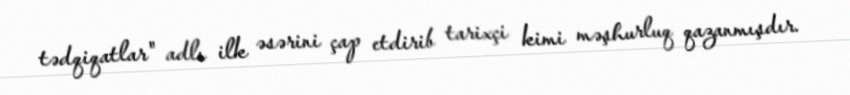
tədqiqatlar" adlı ilk əsərini çap etdirib tarixçi kimi məşhurluq qazanmışdır.